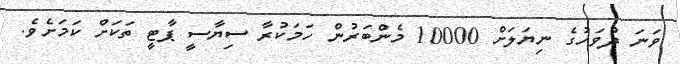
ވަނަ ދުވަހުގެ ނިޔަލަށް 10000 މެންބަރުން ހަމަކުރާ ސިޔާސީ ޕާޓީ ތަކަށް ކަމަށެވެ.